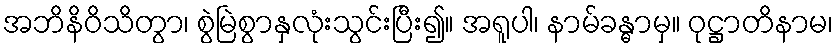
အဘိနိဝိသိတွာ၊ စွဲမြဲစွာနှလုံးသွင်းပြီး၍။ အရူပါ၊ နာမ်ခန္ဓာမှ။ ဝုဋ္ဌာတိနာမ၊